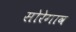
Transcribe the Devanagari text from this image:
सोरेगाव